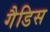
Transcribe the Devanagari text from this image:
गैडिस